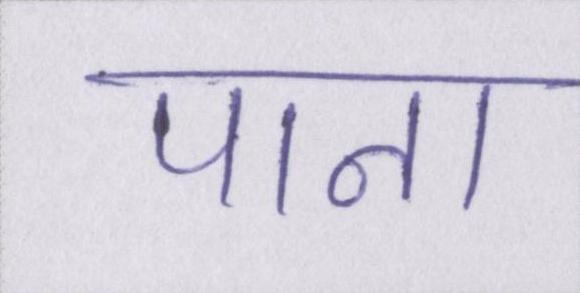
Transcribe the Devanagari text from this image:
पाना